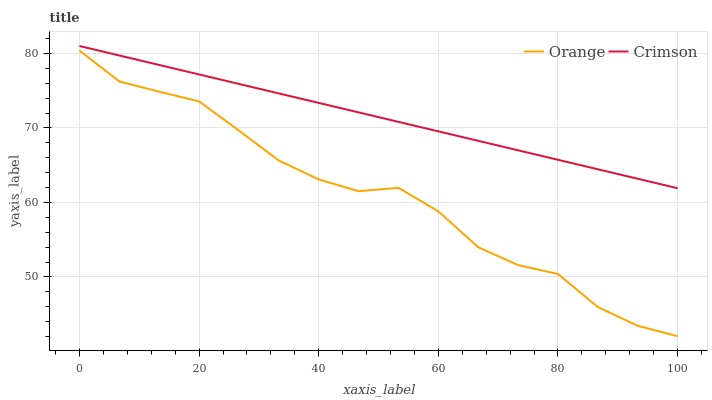
| xaxis_label | Orange | Crimson |
 | --- | --- | --- |
 | 0 | 80.4 | 81 |
 | 6.67 | 76.2 | 79.7 |
 | 13.3 | 74.9 | 78.5 |
 | 20 | 73.6 | 77.2 |
 | 26.7 | 69.6 | 75.9 |
 | 33.3 | 65.6 | 74.6 |
 | 40 | 63.1 | 73.4 |
 | 46.7 | 61.5 | 72.1 |
 | 53.3 | 62 | 70.8 |
 | 60 | 58.8 | 69.5 |
 | 66.7 | 54 | 68.3 |
 | 73.3 | 51.6 | 67 |
 | 80 | 50.4 | 65.7 |
 | 86.7 | 46 | 64.5 |
 | 93.3 | 43.4 | 63.2 |
 | 100 | 42 | 61.9 |